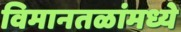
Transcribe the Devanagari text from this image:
विमानतळांमध्ये